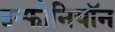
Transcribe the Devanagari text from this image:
इन्फीनियॉन